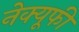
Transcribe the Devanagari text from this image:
नेक्यूफी